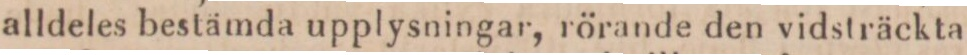
alldeles bestämda upplysningar, rörande den vidsträckta